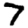
Digit: 7